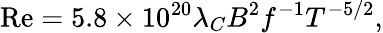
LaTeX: \mathrm{Re}=5.8\times 10^{20}\lambda_{C}B^{2}f^{-1}T^{-5/2},